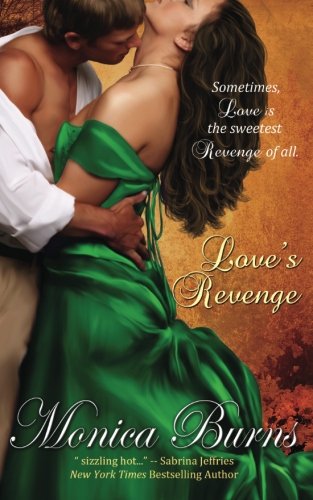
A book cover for Love's Revenge; Monica Burns; Romance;